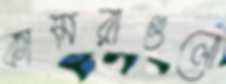
কামরাগুলো